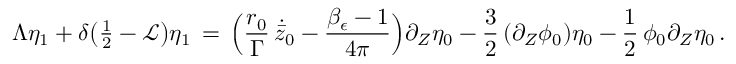
\Lambda \eta _ { 1 } + \delta \bigl ( { \textstyle \frac 1 2 } - \mathcal { L } \bigr ) \eta _ { 1 } \, = \, \Bigl ( \frac { { r _ { 0 } } } { \Gamma } \, \dot { \bar { z } } _ { 0 } - \frac { \beta _ { \epsilon } - 1 } { 4 \pi } \Bigr ) \partial _ { Z } \eta _ { 0 } - \frac { 3 } { 2 } \, ( \partial _ { Z } \phi _ { 0 } ) \eta _ { 0 } - \frac { 1 } { 2 } \, \phi _ { 0 } \partial _ { Z } \eta _ { 0 } \, .